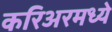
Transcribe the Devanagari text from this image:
करिअरमध्ये